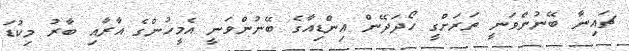
ޗައިނާ ބޭނުންވަނީ ތަރަށްގީ ހޯދަދޭން އިންޑިއާގެ ބޭނުންވަނީ އެމީހުންގެ އާރާއި ބާރު މިކުޑަ